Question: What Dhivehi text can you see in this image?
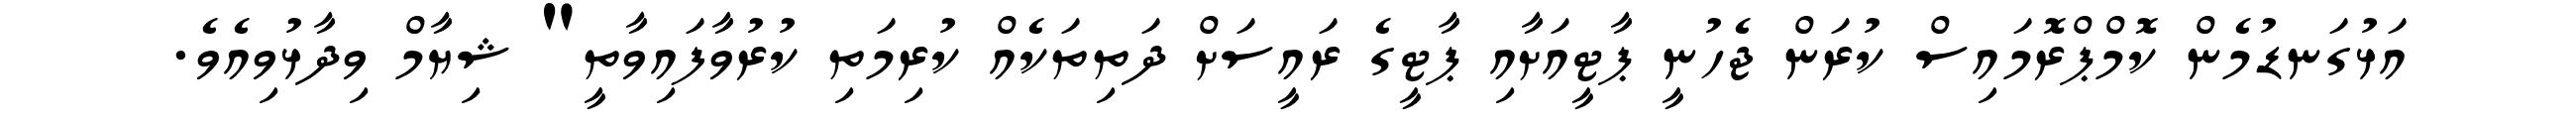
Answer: އަޅުގަނޑުމެން ކޮމްޕްރޮމައިސް ކުރަން ޖެހުނީ ޕާޓީއަށާއި ޕާޓީގެ ރައީސަށް ދަތިތަކެއް ކުރިމަތި ކުރުވާފައިވާތީ" ޝިޔާމް ވިދާޅުވިއެވެ.